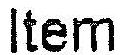
ITEM